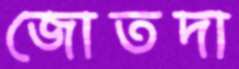
জোতদা